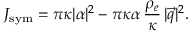
J _ { \mathrm { s y m } } = \pi \kappa | \alpha | ^ { 2 } - \pi \kappa \alpha \, \frac { \rho _ { e } } { \kappa } \, | \vec { q } | ^ { 2 } .